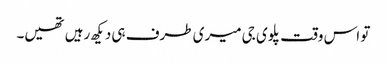
تو اس وقت پلوی جی میری طرف ہی دیکھ رہیں تھیں۔